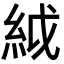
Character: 䋐